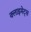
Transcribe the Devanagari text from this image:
क्लाइमेट्स